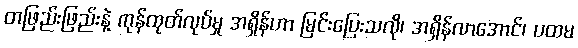
တဖြည်းဖြည်းနဲ့ ကုန်ထုတ်လုပ်မှု အရှိန်ဟာ မြင်းပြေးသလို၊ အရှိန်လာအောင်၊ ပထမ